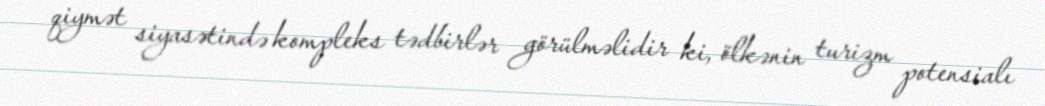
qiymət siyasətində kompleks tədbirlər görülməlidir ki, ölkənin turizm potensialı